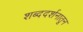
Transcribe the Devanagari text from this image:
शब्ददर्शनातून